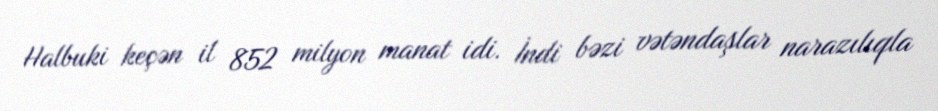
Halbuki keçən il 852 milyon manat idi. İndi bəzi vətəndaşlar narazılıqla